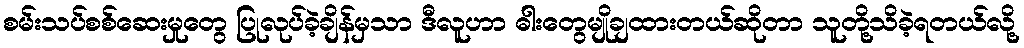
စမ်းသပ်စစ်ဆေးမှုတွေ ပြုလုပ်ခဲ့ချိန်မှသာ ဒီလူဟာ ဓါးတွေမျိုချထားတယ်ဆိုတာ သူတို့သိခဲ့ရတယ်လို့